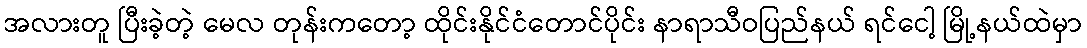
အလားတူ ပြီးခဲ့တဲ့ မေလ တုန်းကတော့ ထိုင်းနိုင်ငံတောင်ပိုင်း နာရာသီဝပြည်နယ် ရင်ငေါ့ မြို့နယ်ထဲမှာ